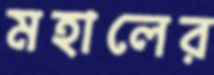
মহালের